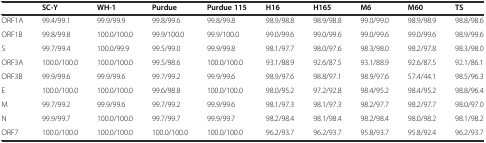
<table><thead><tr><td></td><td><b>SC-Y</b></td><td><b>WH-1</b></td><td><b>Purdue</b></td><td><b>Purdue 115</b></td><td><b>H16</b></td><td><b>H165</b></td><td><b>M6</b></td><td><b>M60</b></td><td><b>TS</b></td></tr></thead><tbody><tr><td>ORF1A</td><td>99.4/99.1</td><td>99.9/99.9</td><td>99.8/99.6</td><td>99.8/99.8</td><td>98.9/98.8</td><td>98.9/98.8</td><td>99.0/99.0</td><td>98.9/98.9</td><td>98.8/98.6</td></tr><tr><td>ORF1B</td><td>99.8/99.8</td><td>100.0/100.0</td><td>99.9/100.0</td><td>99.9/100.0</td><td>99.0/99.6</td><td>99.0/99.6</td><td>99.0/99.6</td><td>99.0/99.6</td><td>98.9/99.6</td></tr><tr><td>S</td><td>99.7/99.4</td><td>100.0/99.9</td><td>99.5/99.0</td><td>99.9/99.8</td><td>98.1/97.7</td><td>98.0/97.6</td><td>98.3/98.0</td><td>98.2/97.8</td><td>98.3/98.0</td></tr><tr><td>ORF3A</td><td>100.0/100.0</td><td>100.0/100.0</td><td>99.5/98.6</td><td>100.0/100.0</td><td>93.1/88.9</td><td>92.6/87.5</td><td>93.1/88.9</td><td>92.6/87.5</td><td>92.1/86.1</td></tr><tr><td>ORF3B</td><td>99.9/99.6</td><td>99.9/99.6</td><td>99.7/99.2</td><td>99.9/99.6</td><td>98.9/97.6</td><td>98.8/97.1</td><td>98.9/97.6</td><td>57.4/44.1</td><td>98.5/96.3</td></tr><tr><td>E</td><td>100.0/100.0</td><td>100.0/100.0</td><td>99.6/98.8</td><td>100.0/100.0</td><td>98.0/95.2</td><td>97.2/92.8</td><td>98.4/95.2</td><td>98.4/95.2</td><td>98.8/96.4</td></tr><tr><td>M</td><td>99.7/99.2</td><td>99.9/99.6</td><td>99.7/99.2</td><td>99.9/99.6</td><td>98.1/97.3</td><td>98.1/97.3</td><td>98.2/97.7</td><td>98.2/97.7</td><td>98.0/97.0</td></tr><tr><td>N</td><td>99.9/99.7</td><td>100.0/100.0</td><td>99.7/99.7</td><td>99.9/99.7</td><td>98.2/98.4</td><td>98.1/98.4</td><td>98.2/98.4</td><td>98.0/98.2</td><td>98.1/98.2</td></tr><tr><td>ORF7</td><td>100.0/100.0</td><td>100.0/100.0</td><td>100.0/100.0</td><td>100.0/100.0</td><td>96.2/93.7</td><td>96.2/93.7</td><td>95.8/93.7</td><td>95.8/92.4</td><td>96.2/93.7</td></tr></tbody></table>